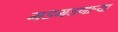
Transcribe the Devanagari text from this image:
गडगडणाऱ्या